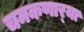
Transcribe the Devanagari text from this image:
चमकणार्‍या